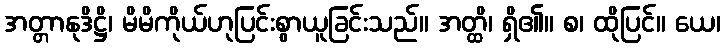
အတ္တာနုဒိဋ္ဌိ၊ မိမိကိုယ်ဟုပြင်းစွာယူခြင်းသည်။ အတ္ထိ၊ ရှိ၏။ စ၊ ထိုပြင်။ ယေ၊